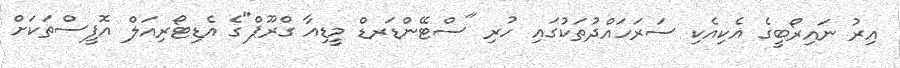
އިރު ނައިރޯބީގެ އެކިއެކި ސަރަހައްދުތަކުގައި ހުރި "ސްޓޭންޑަރޑް މީޑިއާ ގްރޫޕް"ގެ އެޑިޓޯރިއަލް އޮފީސްތަކަށް